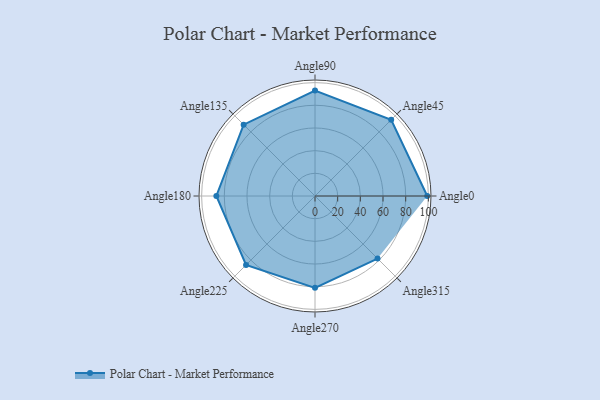
{"axis": {"x": "Angle", "y": "Radius"}, "legend": [""], "data": [{"x": "Angle0", "y": 99.0, "type": ""}, {"x": "Angle45", "y": 95.0, "type": ""}, {"x": "Angle90", "y": 93.0, "type": ""}, {"x": "Angle135", "y": 89.0, "type": ""}, {"x": "Angle180", "y": 87.0, "type": ""}, {"x": "Angle225", "y": 86.0, "type": ""}, {"x": "Angle270", "y": 81.0, "type": ""}, {"x": "Angle315", "y": 78.0, "type": ""}]}